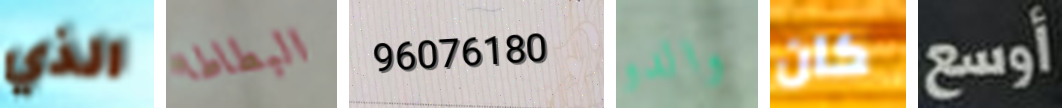
الذي البطاطا 96076180 والدو كان أوسع